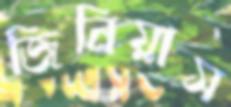
জিনিয়াস